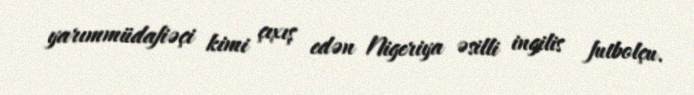
yarımmüdafiəçi kimi çıxış edən Nigeriya əsilli ingilis futbolçu.